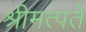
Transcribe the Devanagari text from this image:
श्रीमत्पते